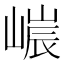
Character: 𡻌